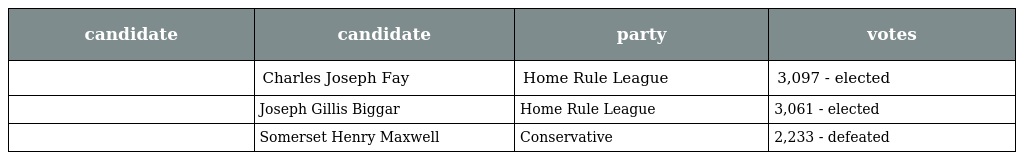
| candidate | candidate | party | votes |
 | --- | --- | --- | --- |
 |  | Charles Joseph Fay | Home Rule League | 3,097 - elected |
 |  | Joseph Gillis Biggar | Home Rule League | 3,061 - elected |
 |  | Somerset Henry Maxwell | Conservative | 2,233 - defeated |